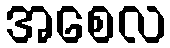
အစေလ